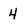
Character: 4